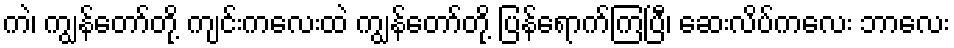
ကဲ၊ ကျွန်တော်တို့ ကျင်းကလေးထဲ ကျွန်တော်တို့ ပြန်ရောက်ကြပြီ၊ ဆေးလိပ်ကလေး ဘာလေး